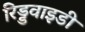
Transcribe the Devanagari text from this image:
रिड्डवाइडी